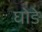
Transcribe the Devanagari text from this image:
घोङे